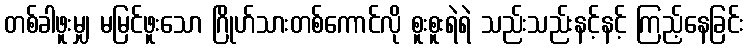
တစ်ခါဖူးမျှ မမြင်ဖူးသော ဂြိုဟ်သားတစ်ကောင်လို စူးစူးရဲရဲ သည်းသည်းနင့်နင့် ကြည့်နေခြင်း